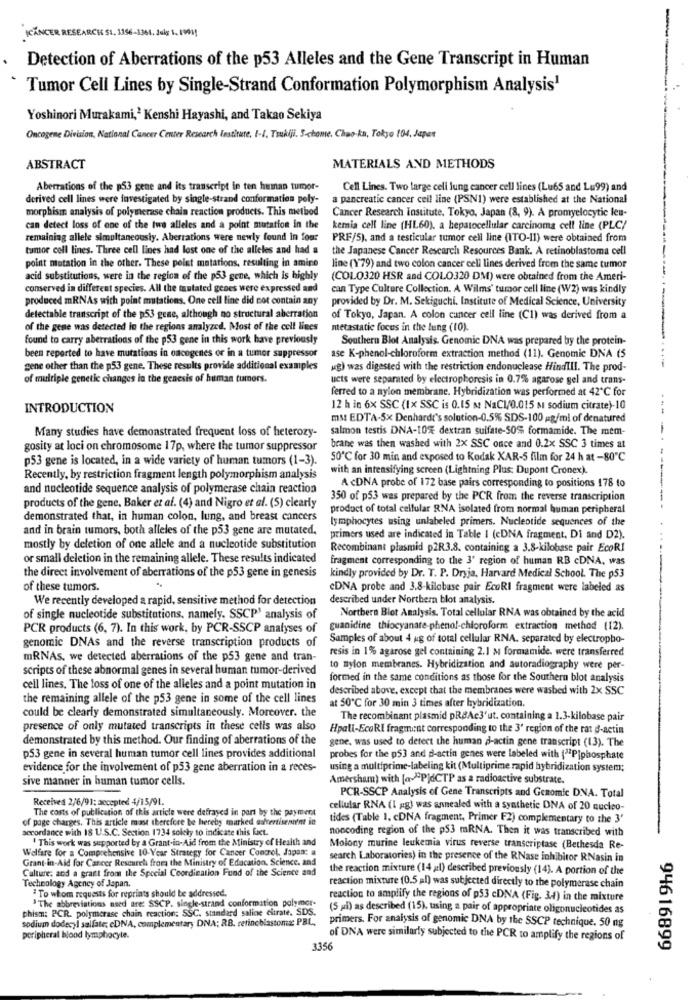
KCANCER RESEARCH S1. 1356-1361. Julg 1. 199 !!
Detection of Aberrations of the p53 Alleles and the Gene Transcript in Human
Tumor Cell Lines by Single-Strand Conformation Polymorphism Analysis1
Yoshinori Murakami,' Kenshi Hayashi, and Takao Sekiya
Oncogene Division, National Cancer Center Research Institute, 1-1, Tsukiji. S-chome, Chao-ka, Tokyo 104, Japan
ABSTRACT
MATERIALS AND METHODS
Aberrations of the p53 gene and its transcript ip ten human tumor-
Cell Lines. Two large cell lung cancer cell lines (Lu65 and Lu99) and
derived cell lines were investigated by single-strand conformation poly-
a pancreatic cancer cell line (PSN1) were established at the National
morphism analysis of polymerase chain reaction products. This method
Cancer Research Institute. Tokyo, Japan (8, 9). A promyelocytic leu-
can detect loss of one of the two alleles and a point mutation in the
kemia cell line (HL60), a hepatocellular carcinoma cell line (PLC/
remaining allele simultaneously. Aberrations were newly found in four
PRF/5), and a testicular tumor cell line (ITO-11) were obtained from
tumor coll lines. Three cell lines had lost one of the alleles and had a
the Japanese Cancer Research Resources Bank. A retinoblastoma cell
point mutation in the other. These point matations, resulting in amine
line (179) and two colon cancer cell lines derived from the same tumor
acid substitutions, were in the region of the p53 gene, which is highly
(COLO320 HSR and COLO320 DM) were obtained from the Ameri-
conserved in different species. All the tautated genes were expressed and
can Type Culture Collection. A Wilms' tumor cell line (W2) was kindly
produced mRNAs with point mutations. One cell line did not contain any
provided by Dr. M. Sekiguchi. Institute of Medical Science, University
detectable transcript of the p53 gene, although no structural aberration
of Tokyo, Japan. A colon cancer cell line (C1) was derived from a
of the gene was detected in the regions analyzed. Most of the cell lines
metastatic focus in the lung (10).
found to carry aberrations of the p53 gene in this work have previously
Southern Blot Analysis. Genomic DNA was prepared by the protein-
been reported to have mutations in oncogenes or in a tumor suppressor
ase K-phenol-chloroform extraction method (11). Genomic DNA (5
gene other than the p53 gene. These results provide additional examples
ug) was digested with the restriction endonuclease HindIII. The prod-
of multiple genetic changes in the genesis of human tumors.
ucts were separated by electrophoresis in 0.7% agarose gel and trans-
ferred to a nylon membrane. Hybridization was performed at 42℃ for
INTRODUCTION
12 h in 6x SSC (1x SSC is 0.15 m NaCI/0.015 m sodium citrate)-10
ms: EDTA-Sx Denharde's solution-0,5% SDS-100 pg/ml of denatured
Many studies have demonstrated frequent loss of heterozy-
salmon testis DNA-10% dextran sulfate-50% formamide. The mem-
gosity at loci on chromosome 17p, where the tumor suppressor
brane was then washed with 2x SSC once and 0.2x SSC 3 times at
p53 gene is located, in a wide variety of human tumors (1-3).
50℃ for 30 min and exposed to Kodak XAR-5 film for 24 h at -80℃
with an intensifying screen (Lightning Plus: Dupont Cronex).
Recently, by restriction fragment length polymorphism analysis
and nucleotide sequence analysis of polymerase chain reaction
A cDNA probe of 172 base pairs corresponding to positions 178 to
350 of p53 was prepared by the PCR from the reverse transcription
products of the gene, Baker et al. (4) and Nigro et al. (5) clearly
product of total cellular RNA isolated from normal human peripheral
demonstrated that, in human colon, lung, and breast cancers
lymphocytes using unlabeled primers. Nucleotide sequences of the
and in brain tumors, both alleles of the p53 gene are mutated.
primers used are indicated in Table 1 (cDNA fragment, Di and D2).
mostly by deletion of one allele and a nucleotide substitution
Recombinant plasmid p2R3.8. containing a 3.8-kilobase pair EcoRI
or small deletion in the remaining allele. These results indicated
fragment corresponding to the 3' region of human RB cDNA, was
the direct involvement of aberrations of the p53 gene in genesis
kindly provided by Dr. T. P. Dryja, Harvard Medical School. The p53
of these tumors.
cDNA probe and 3.8-kilobase pair EcoRI fragment were labeled as
We recently developed a rapid, sensitive method for detection
described under Northern blot analysis.
Northern Blot Analysis. Total cellular RNA was obtained by the acid
of single nucleotide substitutions, namely, SSCP' analysis of
PCR products (6, 7). In this work, by PCR-SSCP analyses of
guanidine thiocyanare-phenol-chloroform extraction method (12).
genomic DNAs and the reverse transcription products of
Samples of about 4 ug of total cellular RNA. separated by electropho-
resis in 1% agarose gel containing 2.1 M formamide. were transferred
mRNAs, we detected aberrations of the p53 gene and tran-
scripts of these abnormal genes in several human tumor-derived
to nylon membranes. Hybridization and autoradiography were per-
formed in the same conditions as those for the Southern blot analysis
cell lines, The loss of one of the alleles and a point mutation in
described above, except that the membranes were washed with 2x SSC
the remaining allele of the p53 gene in some of the cell lines
could be clearly demonstrated simultaneously. Morcover. the
at 50℃ for 30 min 3 times after hybridization.
The recombinant plasmid pRBAc3'ut, containing a 1.3-kilobase pair
presence of only mutated transcripts in these cells was also
Hpall-EcoRI fragment corresponding to the 3' region of the rat d-actin
demonstrated by this method. Our finding of aberrations of the
gene, was used to detect the human d-actin gene transcript (13). The
p53 gene in several human tumor cell lines provides additional
probes for the p53 and d-actin genes were labeled with (22Pjphosphate
evidence for the involvement of p53 gene aberration in a reces-
using a multiprime-labeling kit (Multiprime rapid hybridization system;
sive manner in human tumor cells.
Amersham) with [@ -- PdCTP as a radioactive substrate.
Received 2/6/91; accepted 4/15/91.
PCR-SSCP Analysis of Gene Transcripts and Genomic DNA. Total
The costs of publication of this article were defrayed in port by the payment
cellular RNA (I ag) was annealed with a synthetic DNA of 20 nucleo-
of page charges. This article mast therefore be hereby marked ascertisenent in
tides (Table 1. cDNA fragment, Primer F2) complementary to the 3'
accordance with 18 U.S.C. Section 1734 solety to indicate this fact.
noccoding region of the p53 mRNA. Then it was transcribed with
This work was supported by a Grant-in-Aid from the Ministry of Health and
Welfare for a Comprehensive 10- Year Strategy for Cancer Control, Japan: a
Molony murine leukemia virus reverse transcriptase (Bethesda Re-
Grant-in-Aid for Cancer Research from the Ministry of Education. Science. and
search Laboratories) in the presence of the RNase inhibitor RNasin in
Culture, and a grant from the Special Coordination Fund of the Science and
the reaction mixture (14 al) described previously (14). A portion of the
Technology Agency of Japan.
¿ To whom requests for reprints should be addressed.
reaction mixture (0.5 al) was subjected directly to the polymerase chain
"The abbreviations need are: SSCP. single-strand conformation polymor-
reaction to amplify the regions of p53 cDNA (Fig. 3.4) in the mixture
phism: PCR. polymerase chain reaction: SSC, standard saline citrate. SDS.
(5 yıl) as described (15), using a pair of appropriate oligonucleotides as
sodium dodecyl salfate; cDNA, complementary DNA; RB. retinoblastoma: PBL,
primers. For analysis of genomic DNA by the SSCP technique. 50 ng
peripheral blood lymphocyte.
of DNA were similarly subjected to the PCR to amplify the regions of
3356
94616899